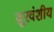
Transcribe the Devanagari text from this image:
सूरवंशीय